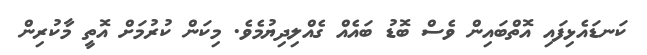
ކަނޑައެޅިފައި އޮތްބައިން ވެސް ބޮޑު ބައެއް ގެއްލިދިޔުމެވެ. މިކަން ކުރުމަށް އޮތީ މާކުރިން